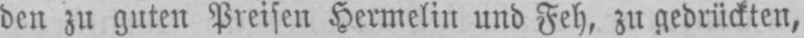
den zu guten Preisen Hermelin und Feh, zu gedrückten,